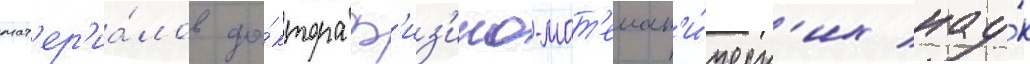
мат'ер'иа́лов до́ктора ф'из'ико-мат'емат'и́ческ'их нау́к